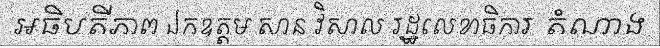
អធិបតីភាព ឯកឧត្តម សាន វិសាល រដ្ឋលេខាធិការ តំណាង